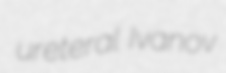
ureteral Ivanov